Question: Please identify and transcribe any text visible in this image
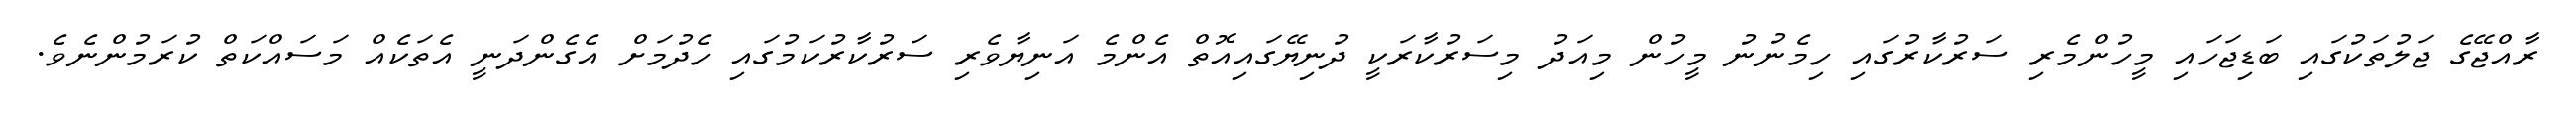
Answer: ރާއްޖޭގެ ޖަލުތަކުގައި ބަޑިޖަހައި މީހުންމެރި ސަރުކާރުގައި ހިމެނުނު މީހުން މިއަދު މިސަރުކާރަކީ ދުނިޔޭގައިއޮތް އެންމެ އަނިޔާވެރި ސަރުކާރުކަމުގައި ހެދުމަށް އެގެންދަނީ އެތަކެއް މަސައްކަތް ކުރަމުންނެވެ.